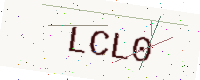
Text: LCL0